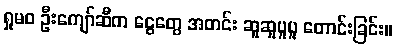
ရှုမဝ ဦးကျော်ဆီက ငွေတွေ အတင်း ဆူဆူပူပူ တောင်းခြင်း။